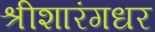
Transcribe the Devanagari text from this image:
श्रीशारंगधर